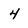
Character: 4